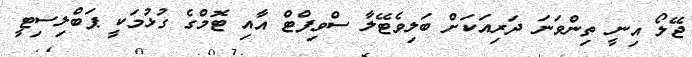
ޖޭލޯ އިނީ ތިންވަނަ ދަރިއަކަށް ބަލިވެޓޭލާ ސްވިފްޓް އާއި ޓޮމްގެ ގުޅުމަކީ ޕަބްލިސިޓީ